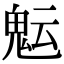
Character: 𩲑